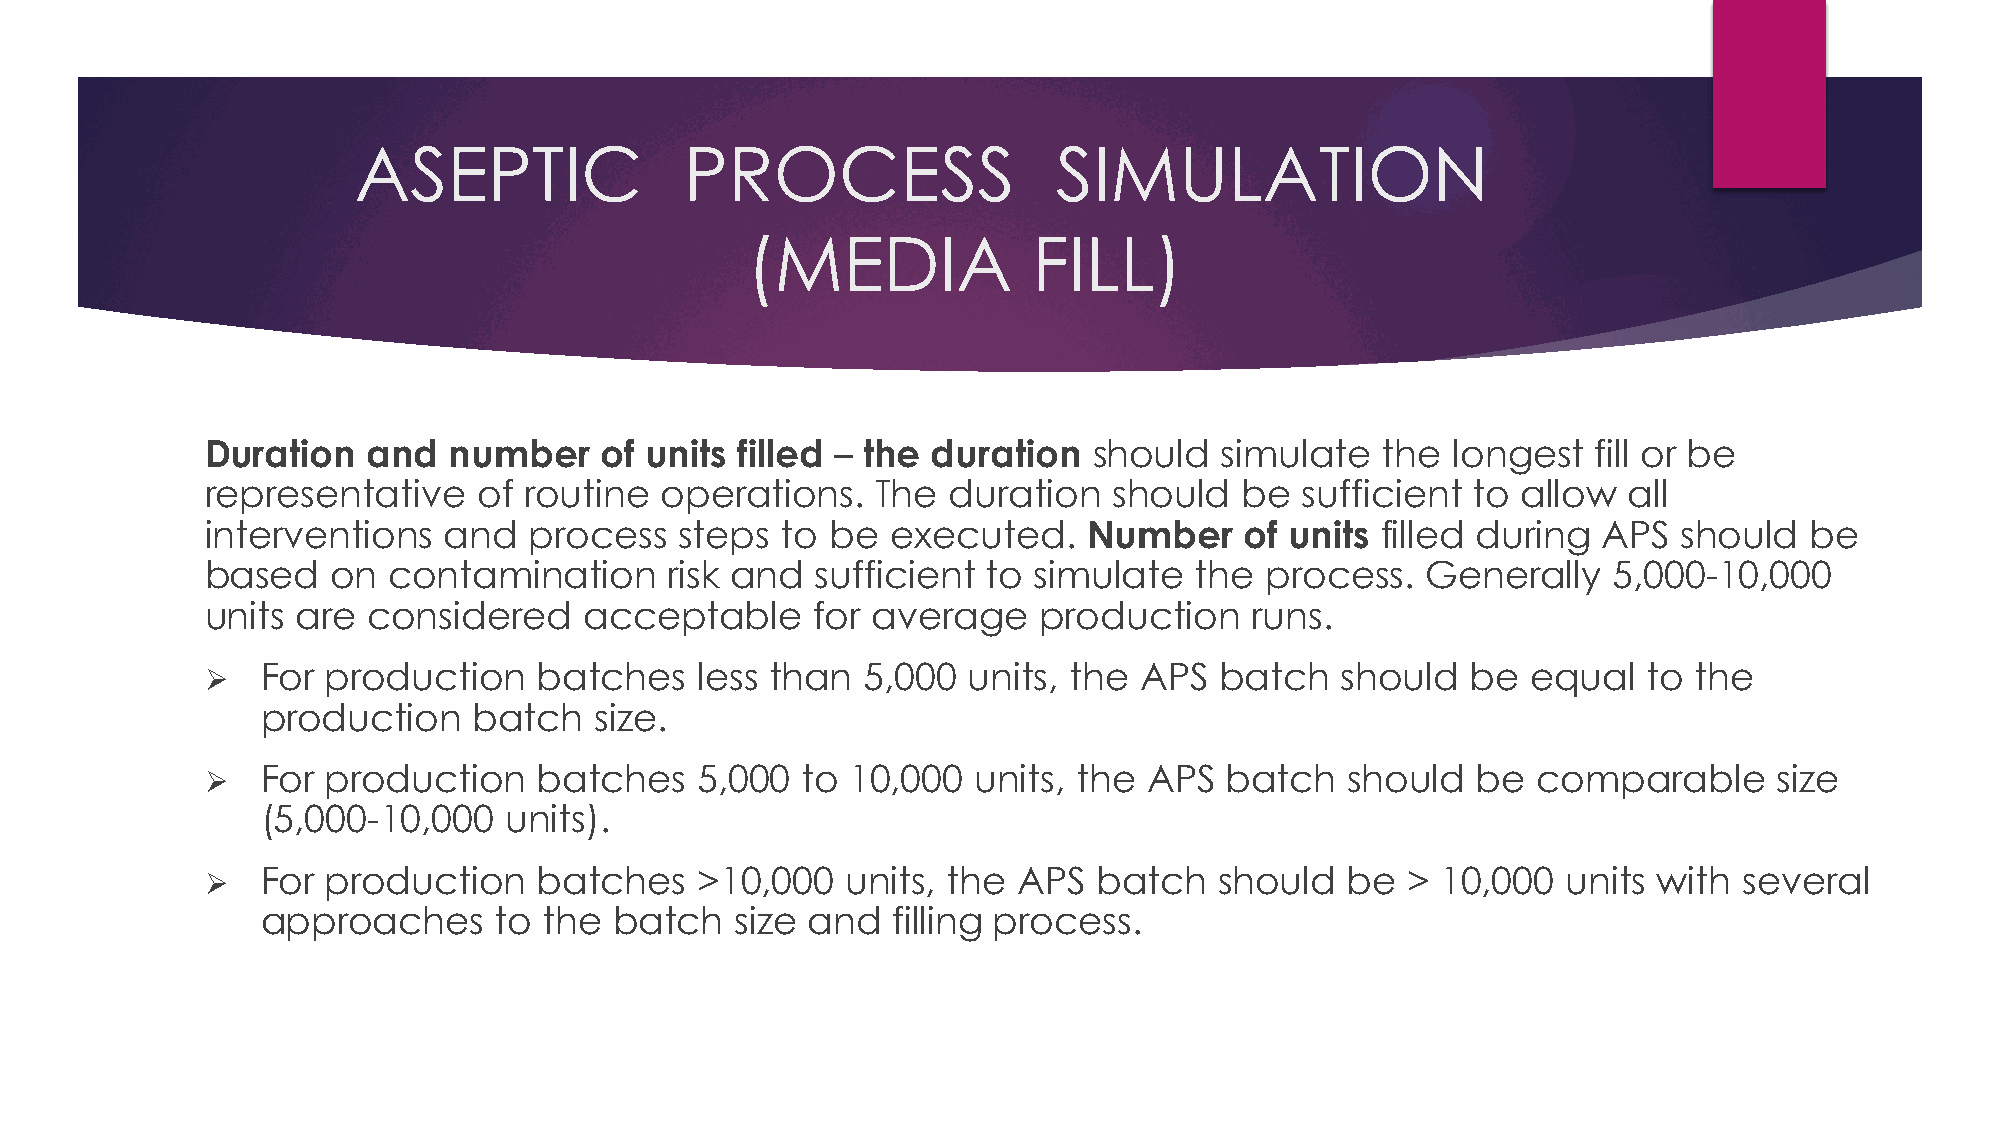
ASEPTIC               PROCESS                  SIMULATION
 (MEDIA             FILL)
 Duration  and   number    of units filled – the duration  should   simulate  the  longest   fill or be
 representative    of routine  operations.   The  duration   should  be  sufficient to  allow  all
 interventions  and   process   steps  to be  executed.    Number    of units filled during  APS  should   be
 based   on  contamination     risk and  sufficient to simulate   the  process.  Generally    5,000-10,000
 units are considered     acceptable     for average    production    runs.
   For  production    batches   less than  5,000  units, the APS   batch   should  be  equal   to the
 production    batch   size.
   For  production    batches   5,000  to 10,000   units, the APS  batch   should   be  comparable      size
 (5,000-10,000   units).
   For  production    batches   >10,000   units, the APS   batch   should  be  > 10,000   units with several
 approaches      to the  batch   size and  filling process.